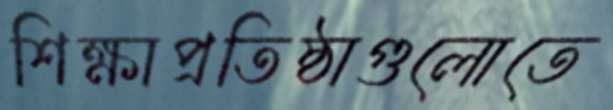
শিক্ষাপ্রতিষ্ঠাগুলোতে